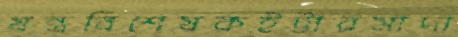
যন্ত্রবিশেষকইট্টারমাদা